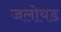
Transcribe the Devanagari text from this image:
जलोयड